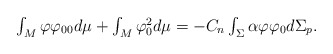
\begin{align*}\begin{array}{c}\int_{M}\varphi \varphi _{00}d\mu +\int_{M}\varphi _{0}^{2}d\mu=-C_{n}\int_{\Sigma }\alpha \varphi \varphi _{0}d\Sigma _{p}.\end{array}\end{align*}